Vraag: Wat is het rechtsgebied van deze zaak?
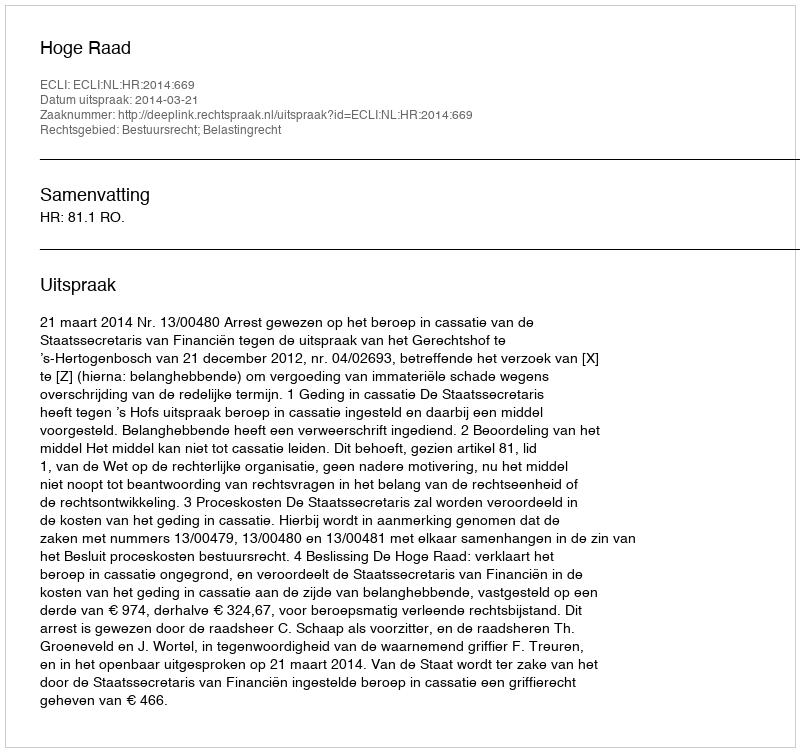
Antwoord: Bestuursrecht; Belastingrecht